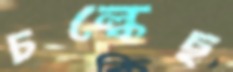
চল্‌কেছ